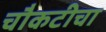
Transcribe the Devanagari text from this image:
चौकटीचा